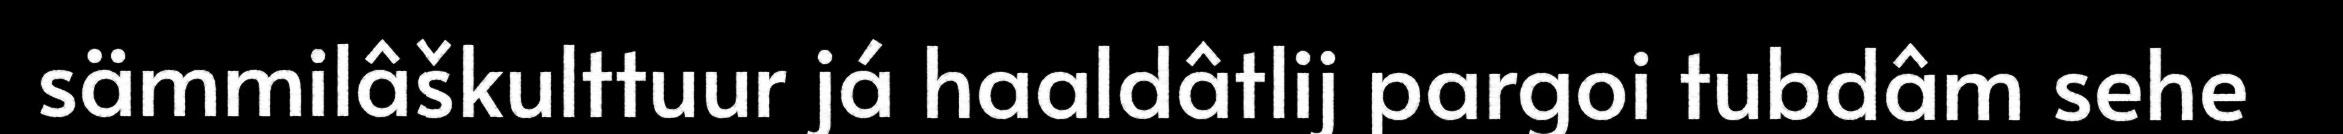
sämmilâškulttuur já haaldâtlij pargoi tubdâm sehe